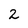
Character: 2